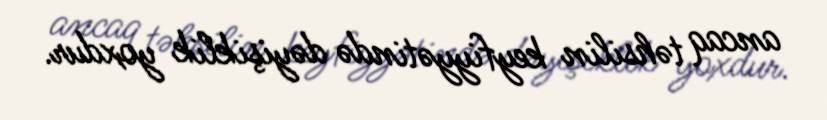
ancaq təhsilin keyfiyyətində dəyişiklik yoxdur.